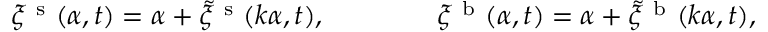
\xi ^ { \mathrm { ~ s ~ } } ( \alpha , t ) = \alpha + \tilde { \xi } ^ { \mathrm { ~ s ~ } } ( \boldsymbol k \alpha , t ) , \qquad \qquad \xi ^ { \mathrm { ~ b ~ } } ( \alpha , t ) = \alpha + \tilde { \xi } ^ { \mathrm { ~ b ~ } } ( \boldsymbol k \alpha , t ) ,